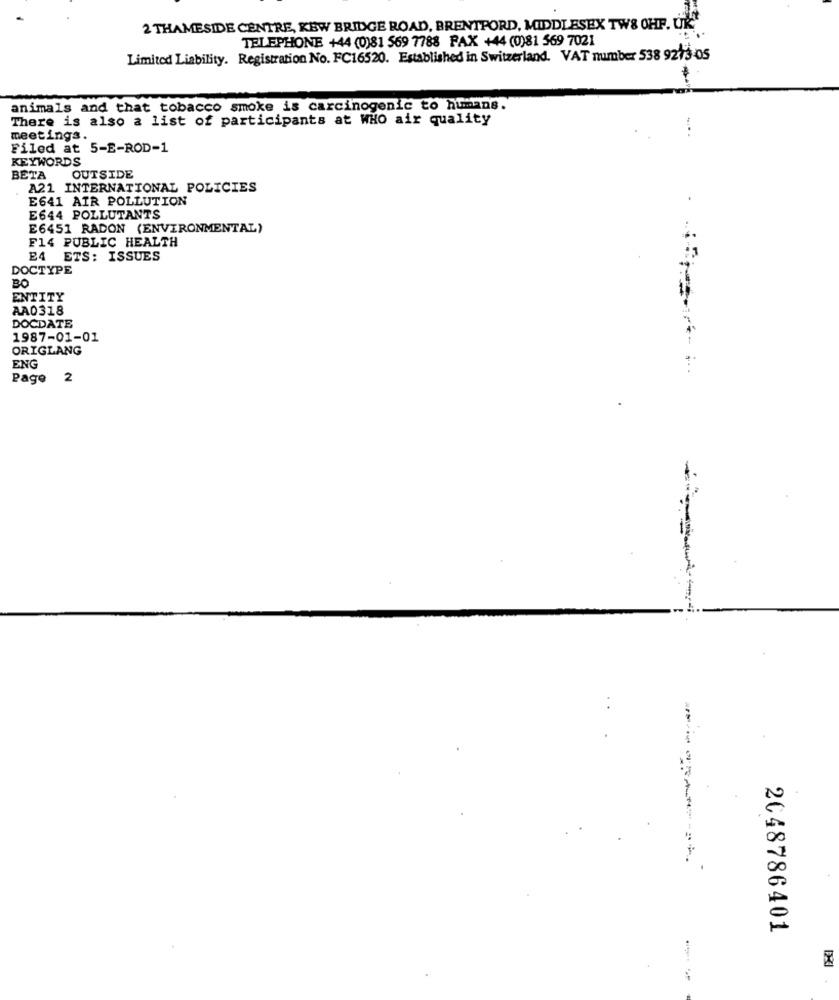
2 THAMESIDE CENTRE, KEW BRIDGE ROAD, BRENTFORD, MIDDLESEX TWS OHF. UK
TELEPHONE +44 (0)81 569 7788 FAX +44 (0)81 569 7021
Limited Liability. Registration No. FC16520. Established in Switzerland. VAT number 538 9273 05
animals and that tobacco smoke is carcinogenic to humans.
There is also a list of participants at WHO air quality
meetings.
Filed at 5-E-ROD-1
KEYWORDS
BETA
OUTSIDE
A21 INTERNATIONAL POLICIES
E641 AIR POLLUTION
E644 POLLUTANTS
E6451 RADON (ENVIRONMENTAL)
F14 PUBLIC HEALTH
E4 ETS: ISSUES
DOCTYPE
BO
ENTITY
AA0318
DOCDATE
1987-01-01
ORIGLANG
ENG
Page
2
--------
2048786401
- -